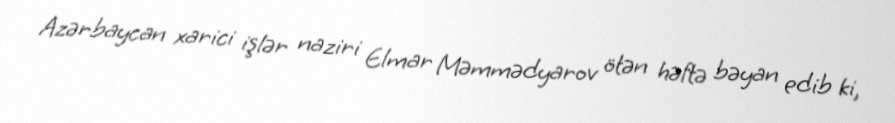
Azərbaycan xarici işlər naziri Elmar Məmmədyarov ötən həftə bəyan edib ki,